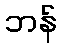
ဘန်